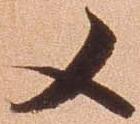
又